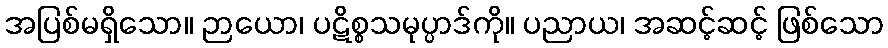
အပြစ်မရှိသော။ ဉာယော၊ ပဋိစ္စသမုပ္ပာဒ်ကို။ ပညာယ၊ အဆင့်ဆင့် ဖြစ်သော